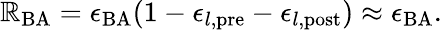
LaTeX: \mathbb{R}_{\mathrm{{BA}}}=\epsilon_{\mathrm{{BA}}}(1-\epsilon_{l,\mathrm{{pre}}}-\epsilon_{l,\mathrm{{post}}})\approx\epsilon_{\mathrm{{BA}}}.